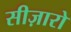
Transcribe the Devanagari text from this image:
सीज़ारो